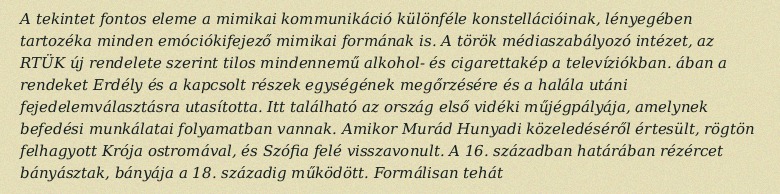
A tekintet fontos eleme a mimikai kommunikáció különféle konstellációinak, lényegében tartozéka minden emóciókifejező mimikai formának is. A török médiaszabályozó intézet, az RTÜK új rendelete szerint tilos mindennemű alkohol- és cigarettakép a televíziókban. ában a rendeket Erdély és a kapcsolt részek egységének megőrzésére és a halála utáni fejedelemválasztásra utasította. Itt található az ország első vidéki műjégpályája, amelynek befedési munkálatai folyamatban vannak. Amikor Murád Hunyadi közeledéséről értesült, rögtön felhagyott Krója ostromával, és Szófia felé visszavonult. A 16. században határában rézércet bányásztak, bányája a 18. századig működött. Formálisan tehát